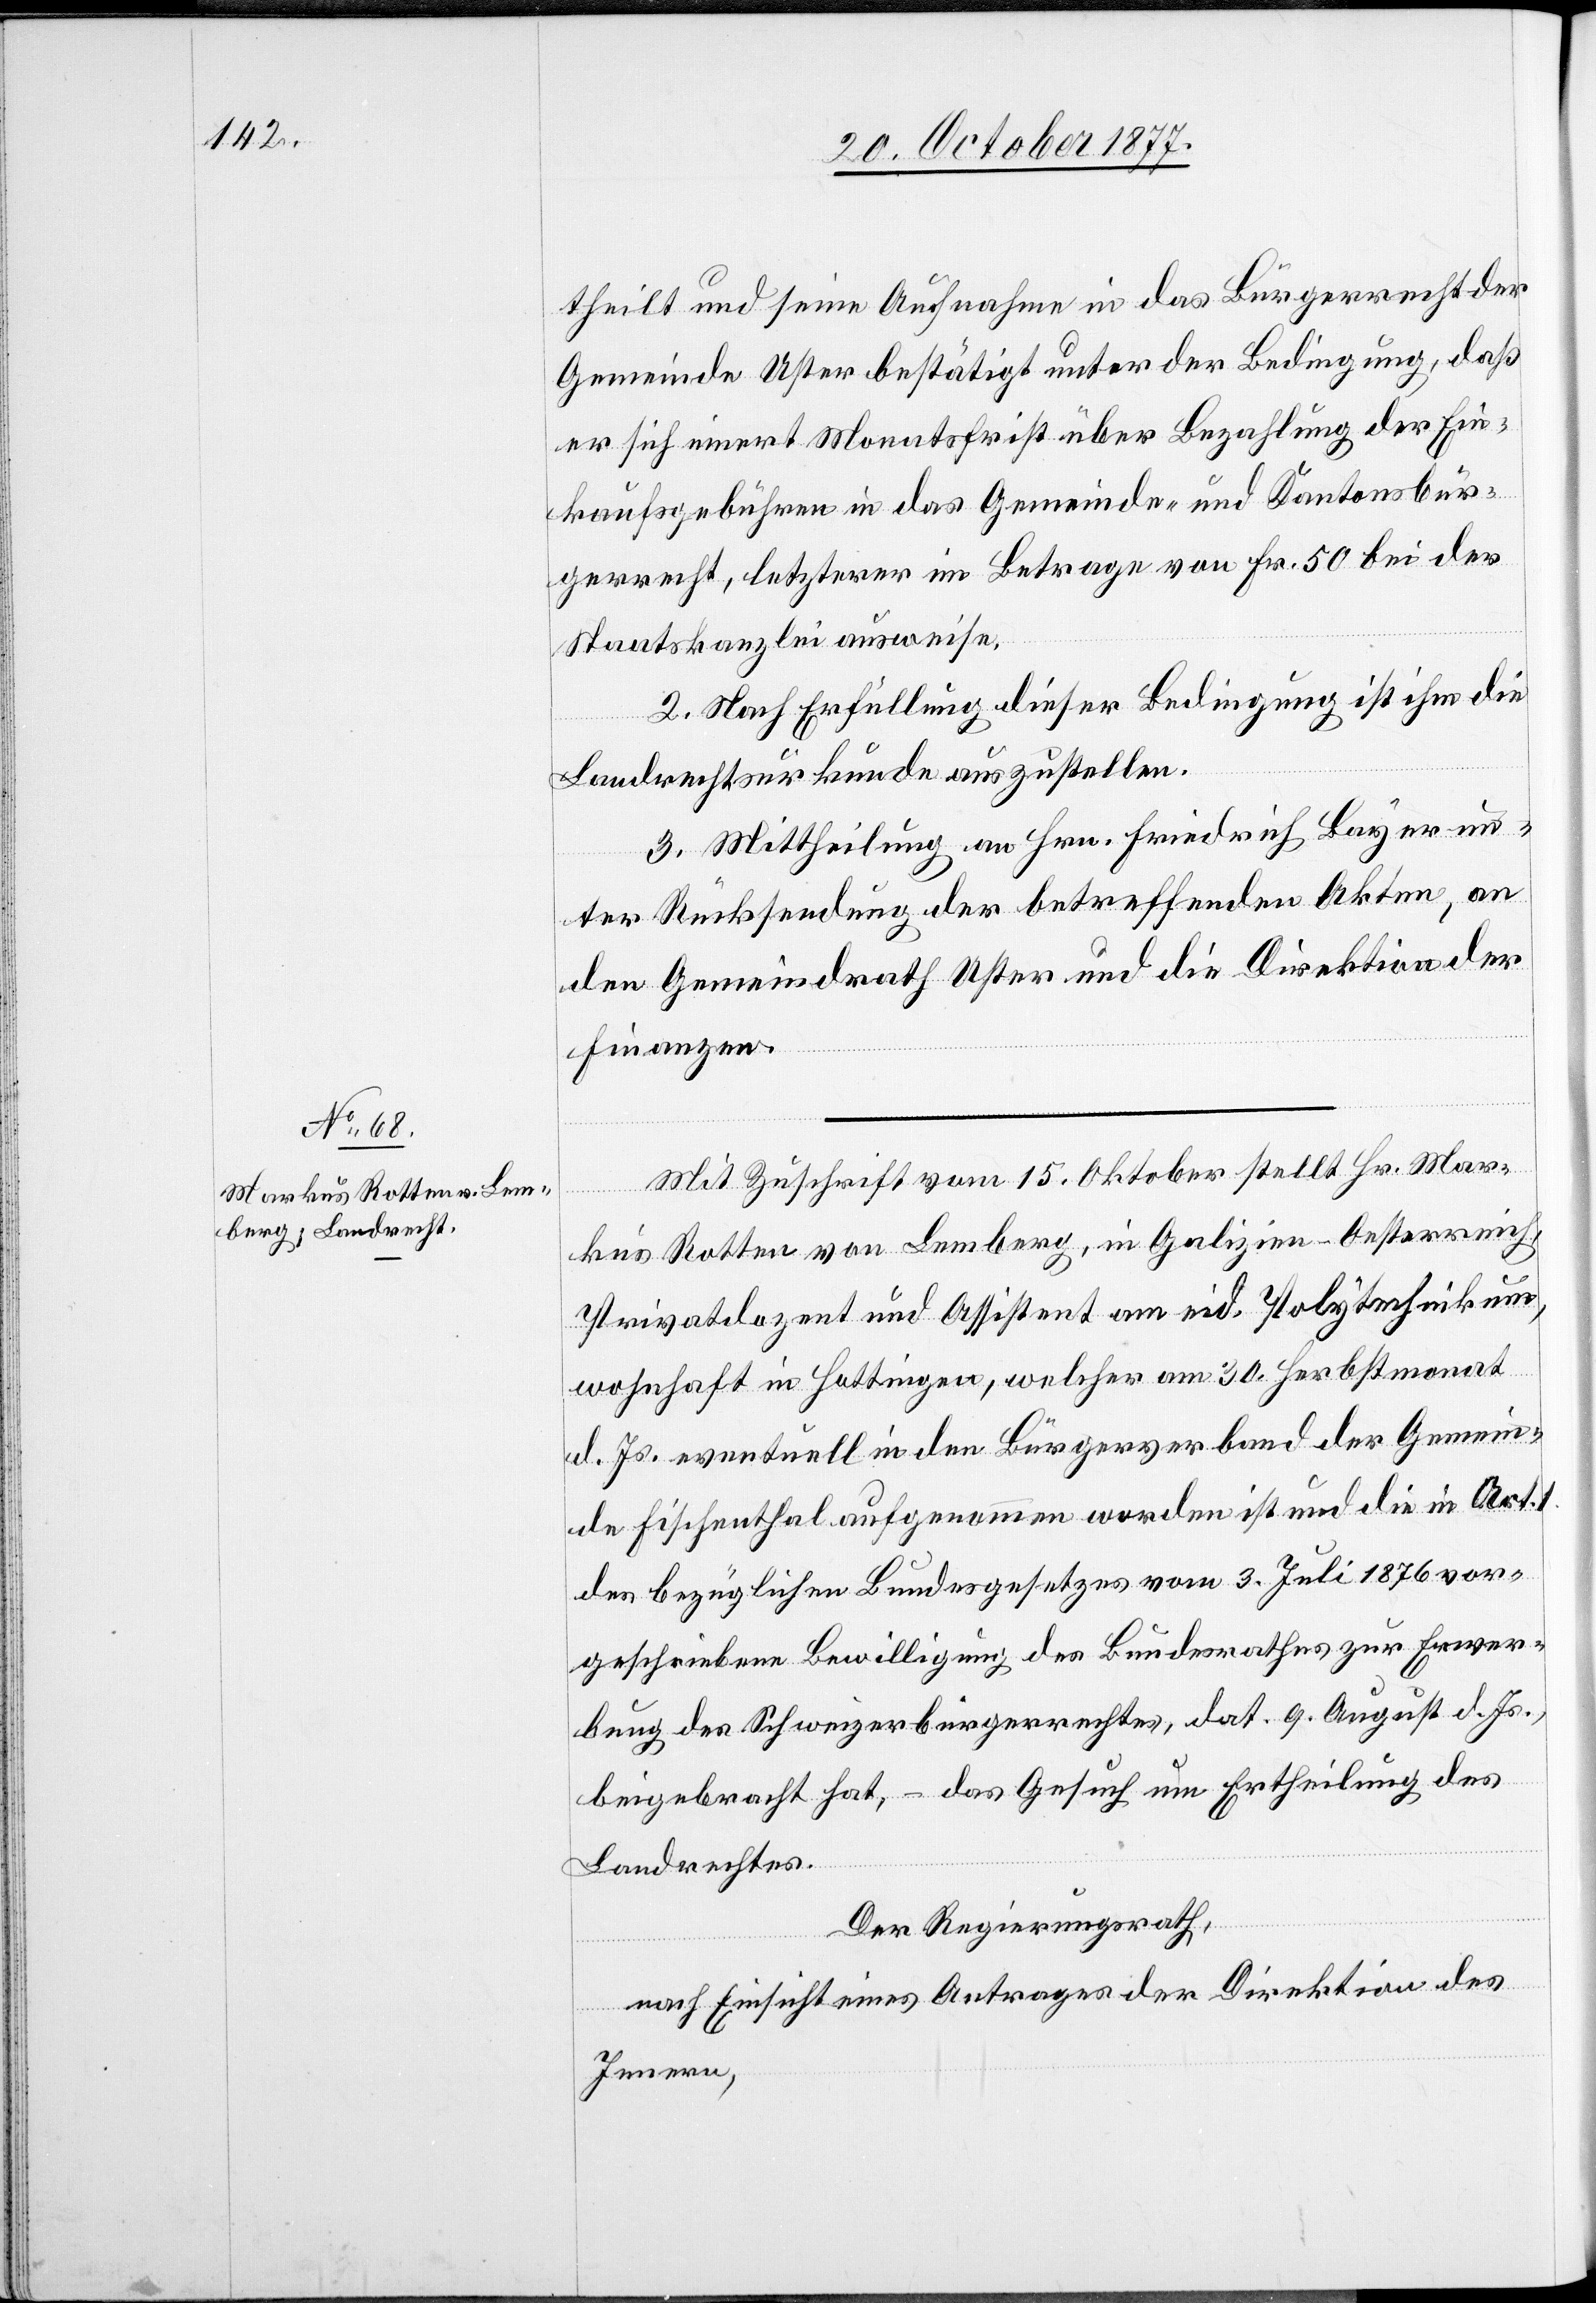
theilt und seine Aufnahme in das Bürgerrecht der
Gemeinde Uster bestätigt unter der Bedingung, daß
er sich innert Monatsfrist über Bezahlung der Ein¬
kaufsgebühren in das Gemeinde- und Kantonsbür¬
gerrecht, letzterer im Betrage von Fr. 50 bei der
Staatskanzlei ausweise.
2. Nach Erfüllung dieser Bedingung ist ihm die
Landrechtsurkunde auszustellen.
3. Mittheilung an Hrn. Friedrich Bayer un¬
ter Rücksendung der betreffenden Akten, an
den Gemeindrath Uster und die Direktion der
Finanzen.
Mit Zuschrift vom 15. Oktober stellt Hr. Mar¬
kus Rotten von Lemberg, in Galizien - Oesterreich,
Privatdozent und Assistent am eid. Polytechnikum,
wohnhaft in Hottingen, welcher am 30. Herbstmonat
d. Js. eventuell in den Bürgerverband der Gemein¬
de Fischenthal aufgenommen worden ist und die in Art. 1.
des bezüglichen Bundesgesetzes vom 3. Juli 1876 vor¬
geschriebene Bewilligung des Bundesrathes zur Erwer¬
bung des Schweizerbürgerrechtes, dat. 9. August d. Js.,
beigebracht hat, – das Gesuch um Ertheilung des
Landrechtes.
Der Regierungsrath,
nach Einsicht eines Antrages der Direktion des
Innern,